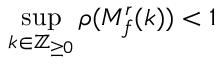
\operatorname* { s u p } _ { k \in \mathbb { Z } _ { \geq 0 } } \rho ( M _ { f } ^ { r } ( k ) ) < 1